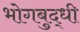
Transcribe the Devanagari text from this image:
भोगबुद्धी